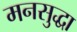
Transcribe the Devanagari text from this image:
मनसुद्धा